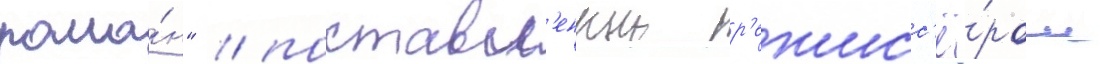
рома́н" / поставл'енныи р'ежисс'ё́ром